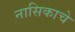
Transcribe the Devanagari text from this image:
नासिकाचे